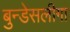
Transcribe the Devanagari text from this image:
बुन्डेसलीगा